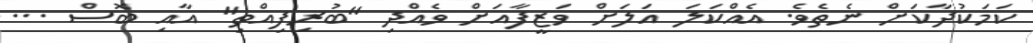
ކަމަކުދާކަށް ނެތެވެ. އެއްކަލަ އަލަށް ވަޒީފާއަށް ވެއްދި "ބުރިފިއްތި" އާއި ބޮސް ...